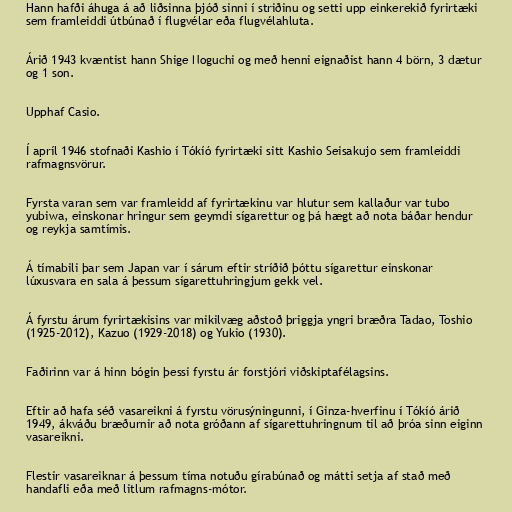
Hann hafði áhuga á að liðsinna þjóð sinni í striðinu og setti upp einkerekið fyrirtæki
sem framleiddi útbúnað í flugvélar eða flugvélahluta.

Árið 1943 kvæntist hann Shige Noguchi og með henni eignaðist hann 4 börn, 3 dætur
og 1 son.

Upphaf Casio.

Í apríl 1946 stofnaði Kashio í Tókíó fyrirtæki sitt Kashio Seisakujo sem framleiddi
rafmagnsvörur.

Fyrsta varan sem var framleidd af fyrirtækinu var hlutur sem kallaður var tubo
yubiwa, einskonar hringur sem geymdi sígarettur og þá hægt að nota báðar hendur
og reykja samtímis.

Á tímabili þar sem Japan var í sárum eftir stríðið þóttu sígarettur einskonar
lúxusvara en sala á þessum sígarettuhringjum gekk vel.

Á fyrstu árum fyrirtækisins var mikilvæg aðstoð þriggja yngri bræðra Tadao, Toshio
(1925-2012), Kazuo (1929-2018) og Yukio (1930).

Faðirinn var á hinn bógin þessi fyrstu ár forstjóri viðskiptafélagsins.

Eftir að hafa séð vasareikni á fyrstu vörusýningunni, í Ginza-hverfinu í Tókíó árið
1949, ákváðu bræðurnir að nota gróðann af sígarettuhringnum til að þróa sinn eiginn
vasareikni.

Flestir vasareiknar á þessum tíma notuðu gírabúnað og mátti setja af stað með
handafli eða með litlum rafmagns-mótor.